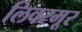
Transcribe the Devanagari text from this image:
लिवरमूर